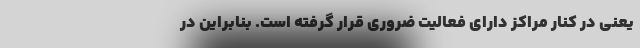
یعنی در کنار مراکز دارای فعالیت ضروری قرار گرفته است. بنابراین در